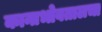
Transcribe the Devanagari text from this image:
कानाभोवतालचा